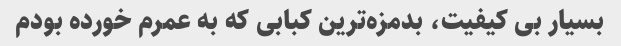
بسیار بی کیفیت، بدمزه‌ترین کبابی که به عمرم خورده بودم